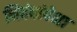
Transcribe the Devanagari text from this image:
निबंधांपेक्षा